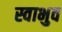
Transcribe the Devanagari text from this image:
स्वाभुव